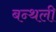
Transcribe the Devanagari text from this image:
बन्थली